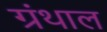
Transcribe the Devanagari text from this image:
ग्रंथाल